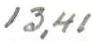
13,41